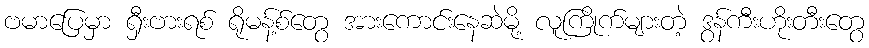
ဗမာပြေမှာ ရှီးဗားရစ် ရိုမန့်စ်တွေ အားကောင်းနေဆဲမို့ လူကြိုက်များတဲ့ ဒွန်ကီးဟိုးတီးတွေ